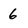
Character: 6